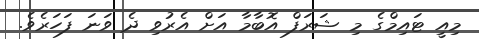
މިއީ ޓައިމްގެ މި ޝަރަފް އޮބާމާ އަށް އެރުވި ދެ ވަނަ ފަހަރެވެ.